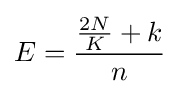
E={\frac {{\frac {2N}{K}}+k}{n}}